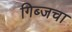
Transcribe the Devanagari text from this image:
गिब्जचा